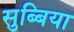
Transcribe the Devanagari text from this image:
सुब्बिया